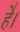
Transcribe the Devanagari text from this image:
हे॑।